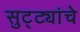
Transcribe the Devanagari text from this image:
सुट्ट्यांचे